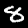
Digit: 8